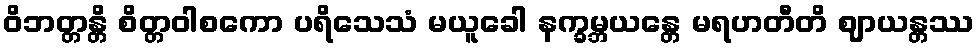
ဝိဘတ္တန္တိ စိတ္တဝါစကော ပရိသေသံ မယူခေါ နက္ခမ္ဘယန္တေ မရဟတီတိ ဈာယန္တဿ